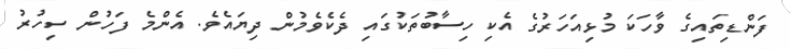
ފަންޑިތައިގެ ވާހަކަ މުޅިއަހަރުގެ އެކި ހިސާބުތަކުގައި ދެކެވެމުން ދިޔައެވެ. އެންމެ ފަހުން ސިހުރު